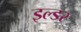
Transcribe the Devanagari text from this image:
इल्डर